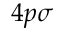
4 p \sigma